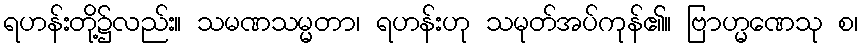
ရဟန်းတို့၌လည်း။ သမဏသမ္မတာ၊ ရဟန်းဟု သမုတ်အပ်ကုန်၏။ ဗြာဟ္မဏေသု စ၊